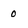
Character: 0